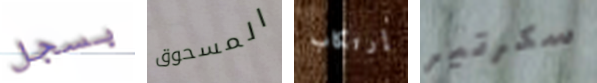
بسجل المسحوق إرتكاب سكرتير